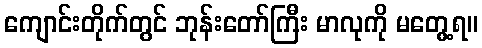
ကျောင်းတိုက်တွင် ဘုန်းတော်ကြီး မာလုကို မတွေ့ရ။